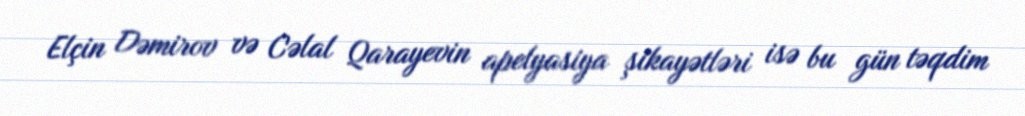
Elçin Dəmirov və Cəlal Qarayevin apelyasiya şikayətləri isə bu gün təqdim